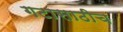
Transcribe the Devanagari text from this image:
गटासाठीच